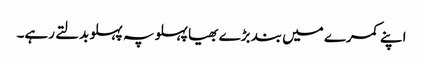
اپنے کمرے میں بند بڑے بھیا پہلو پہ پہلو بدلتے رہے۔